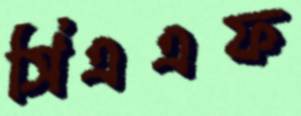
সিএএফ